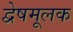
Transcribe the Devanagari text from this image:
द्वेषमूलक